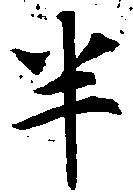
半